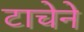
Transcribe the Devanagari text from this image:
टाचेने